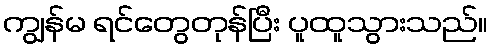
ကျွန်မ ရင်တွေတုန်ပြီး ပူထူသွားသည်။